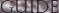
GUIDE